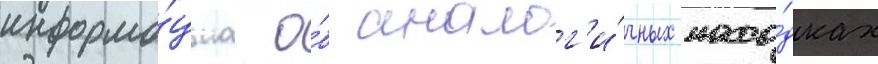
информа́циа о́б аналог'и́чных нахо́дках